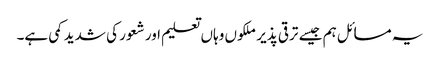
یہ مسائل ہم جیسے ترقی پذیر ملکوں وہاں تعلیم اور شعور کی شدید کمی ہے۔